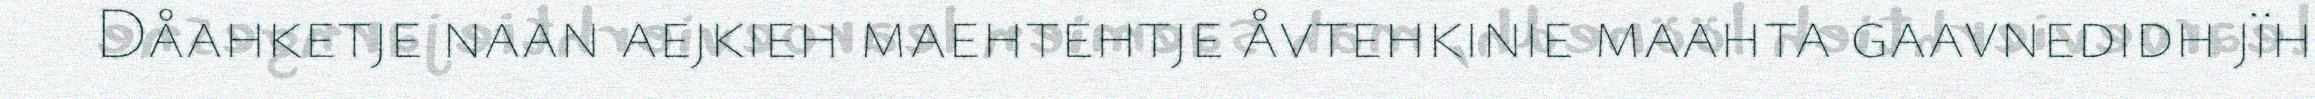
Dåahketje naan aejkieh maehtehtje åvtehkinie maahta gaavnedidh jïh